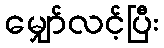
မျှော်လင့်ပြီး